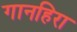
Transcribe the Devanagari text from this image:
गानहिरा